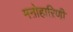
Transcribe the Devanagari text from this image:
मऩोहाऱिणी